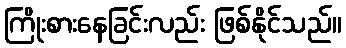
ကြိုးစားနေခြင်းလည်း ဖြစ်နိုင်သည်။